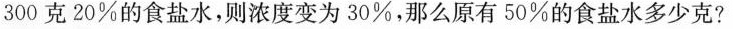
300克20%的食盐水，则浓度变为30%，那么原有50%的食盐水多少克?